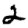
Digit: 2